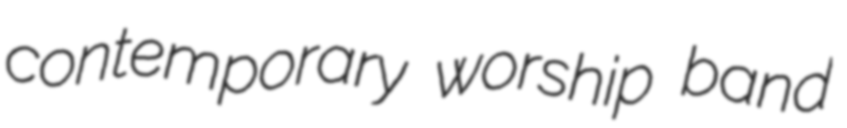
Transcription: contemporary worship band